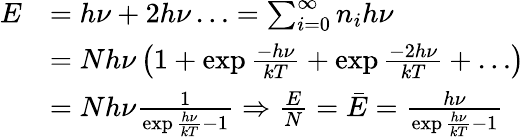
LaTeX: \begin{array}{rl}{E}&{=h\nu+2h\nu\ldots=\sum_{i=0}^{\infty}n_{i}h\nu}\\ &{=Nh\nu\left(1+\exp{\frac{-h\nu}{kT}}+\exp{\frac{-2h\nu}{kT}}+\ldots\right)}\\ &{=Nh\nu\frac{1}{\exp{\frac{h\nu}{kT}}-1}\Rightarrow\frac{E}{N}=\bar{E}=\frac{h\nu}{\exp{\frac{h\nu}{kT}}-1}}\end{array}